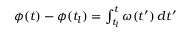
\begin{array} { r } { \phi ( t ) - \phi ( t _ { l } ) = \int _ { t _ { l } } ^ { t } \omega ( t ^ { \prime } ) \, d t ^ { \prime } } \end{array}